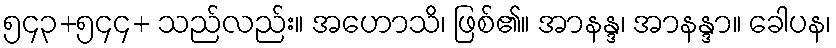
၅၄၃+၅၄၄+ သည်လည်း။ အဟောသိ၊ ဖြစ်၏။ အာနန္ဒ၊ အာနန္ဒာ။ ခေါပန၊